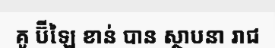
គូ ប៊ីឡៃ ខាន់ បាន ស្ថាបនា រាជ